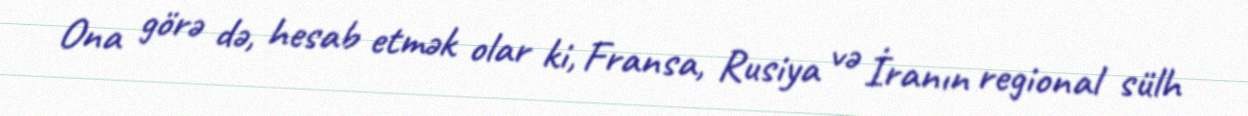
Ona görə də, hesab etmək olar ki, Fransa, Rusiya və İranın regional sülh